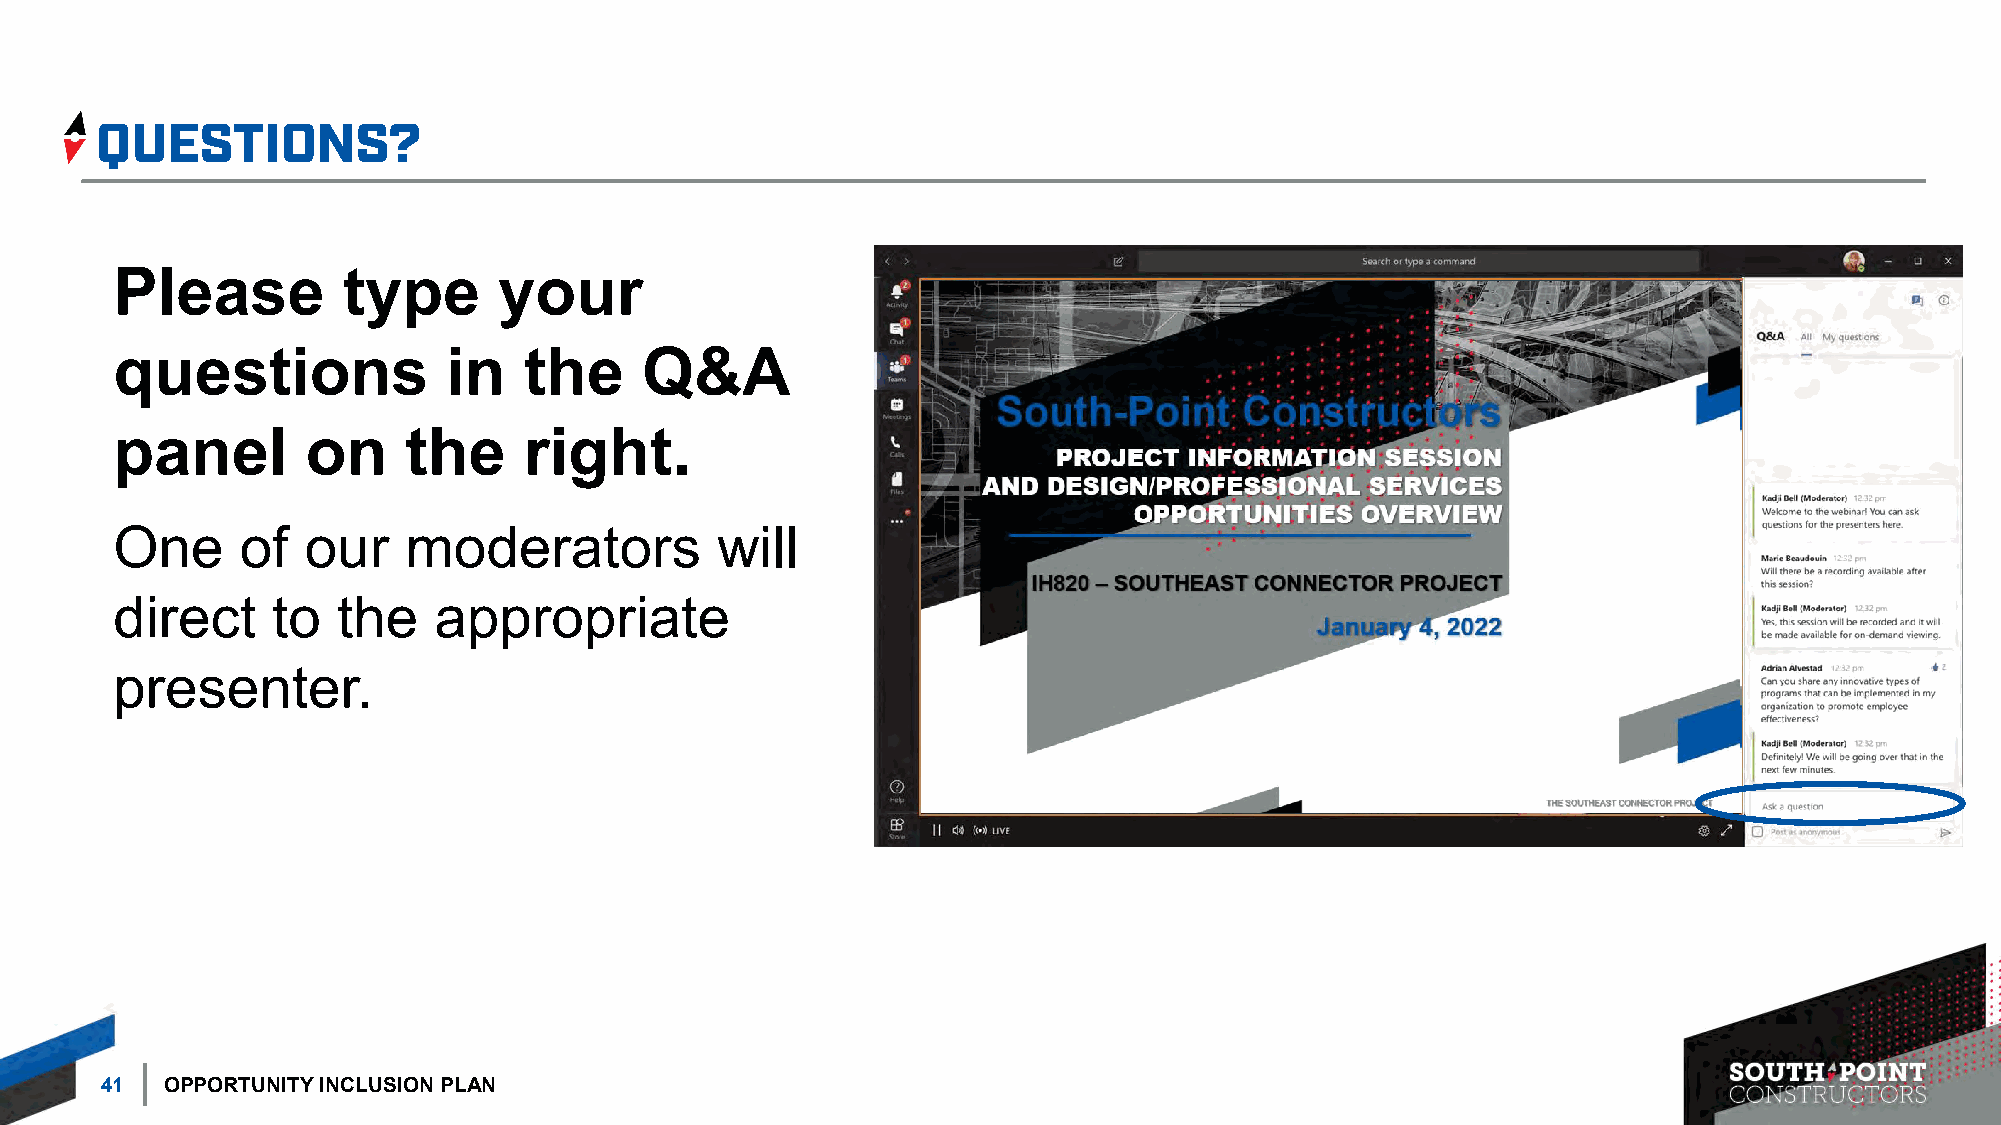
Please          type      your
 questions              in   the    Q&A
 panel        on     the     right.
 One      of  our    moderators          will
 direct     to  the    appropriate
 presenter.
 41  OPPORTUNITY INCLUSION PLAN